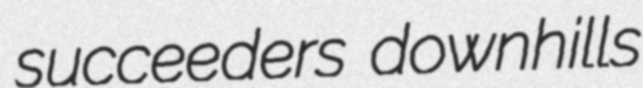
succeeders downhills